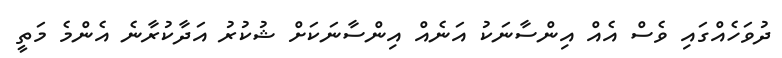
ދުވަހެއްގައި ވެސް އެއް އިންސާނަކު އަނެއް އިންސާނަކަށް ޝުކުރު އަދާކުރާނެ އެންމެ މަތީ